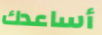
أساعدك